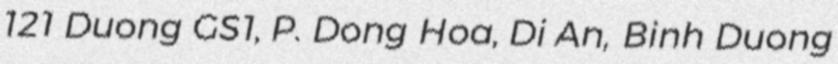
121 Duong GS1, P. Dong Hoa, Di An, Binh Duong